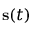
\mathbf { s } ( t )